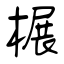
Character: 榐